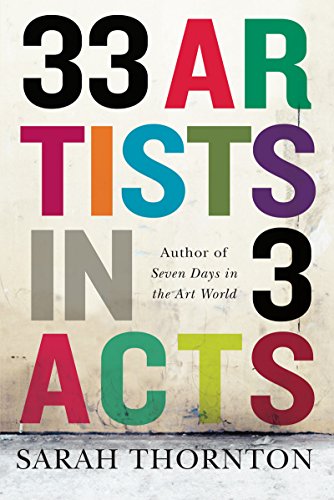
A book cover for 33 Artists in 3 Acts; Sarah Thornton; Arts & Photography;